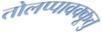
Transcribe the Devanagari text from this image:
तोलप्पावक्कूत्तु